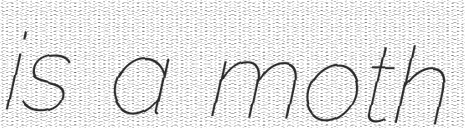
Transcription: is a moth